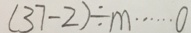
( 3 7 - 2 ) \div m \cdots 0